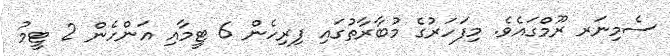
ސެމިނަރ ރޫމްގައެވެ. މިފަހަރުގެ މުބާރާތުގައި ފިރިހެން 6 ޓީމާއި އަންހެން 2 ޓީމު